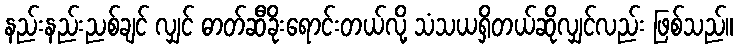
နည်းနည်းညစ်ချင် လျှင် ဓာတ်ဆီခိုးရောင်းတယ်လို့ သံသယရှိတယ်ဆိုလျှင်လည်း ဖြစ်သည်။